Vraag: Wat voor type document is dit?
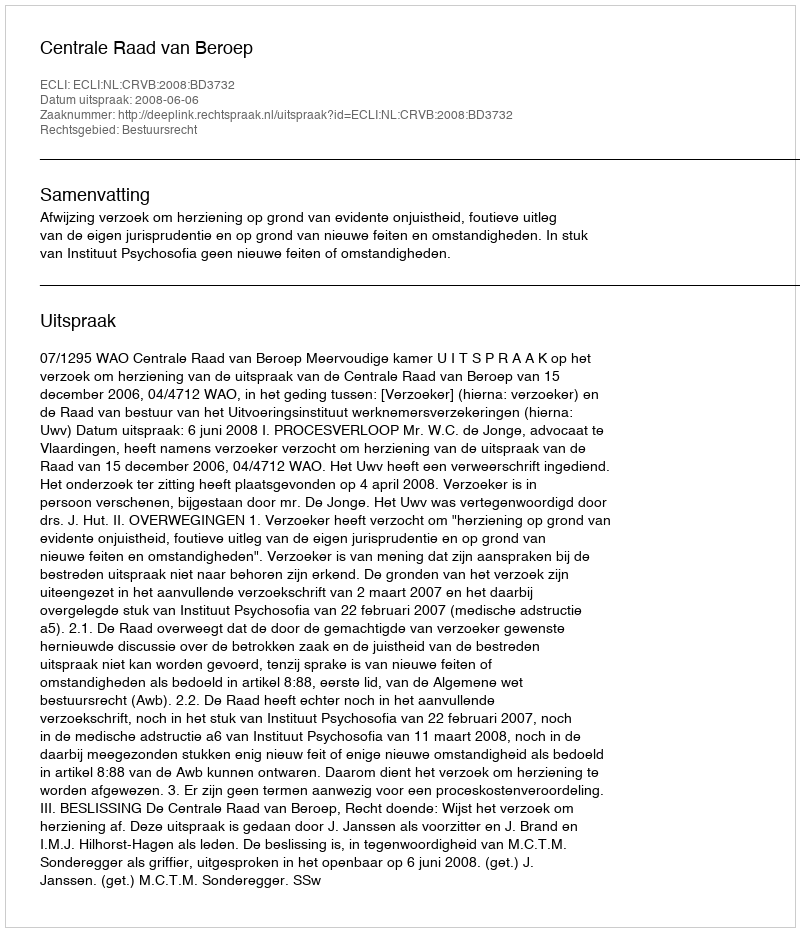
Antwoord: Uitspraak